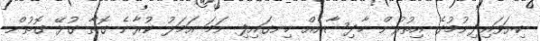
ކިޔަވައިދިނުމުގެ އިތުރުން ހާދިސާއެއް ހިނގައިފި ނަމަ އަމަލު ކުރާނެ ގޮތާ ގުޅޭ ގޮތުން